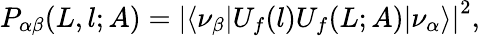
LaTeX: P_{\alpha\beta}(L,l;A)=\left\vert\langle\nu_{\beta}\vert U_{f}(l)U_{f}(L;A)\vert\nu_{\alpha}\rangle\right\vert^{2},